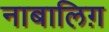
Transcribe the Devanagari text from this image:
नाबालिग़